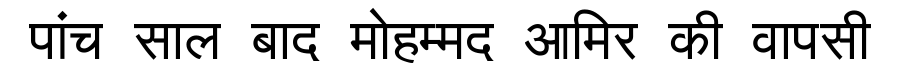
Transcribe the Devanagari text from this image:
पांच साल बाद मोहम्मद आमिर की वापसी